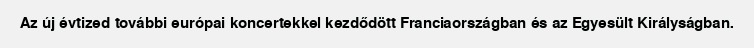
Az új évtized további európai koncertekkel kezdődött Franciaországban és az Egyesült Királyságban.